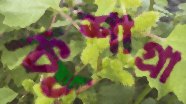
কুশাগ্রা